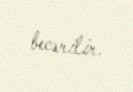
becərilir.